Indian journal of veterinary science and animal husbandry - Volume 11,
Year: 1941
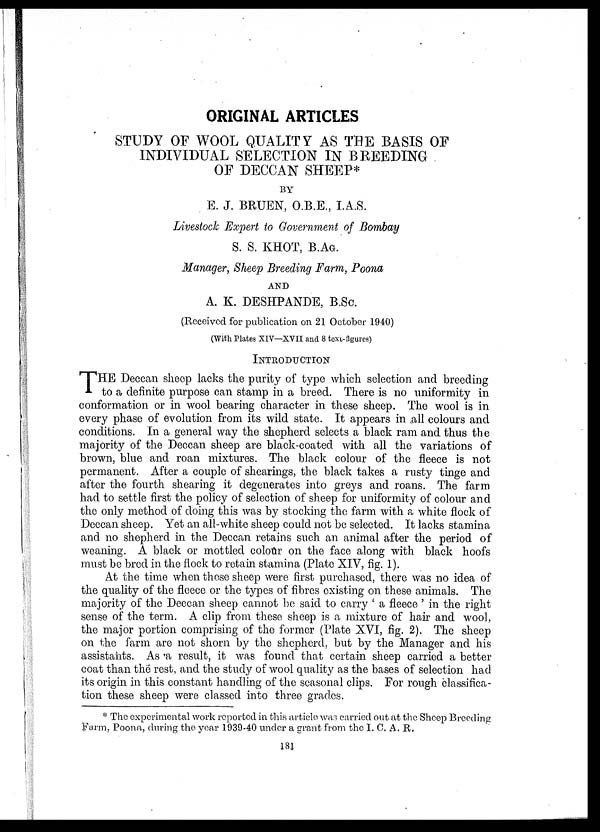
ORIGINAL ARTICLES
STUDY OF WOOL QUALITY AS THE BASIS OF
INDIVIDUAL SELECTION IN BREEDING
OF DECCAN SHEEP*
BY
E. J. BRUEN, O.B.E., I.A.S.
Livestock Expert to Government of Bombay
S. S. KHOT, B.AG.
Manager, Sheep Breeding Farm, Poona
AND
A. K. DESHPANDE, B.Sc.
(Received for publication on 21 October 1940)
(With Plates XIV—XVII and 8 text,-figures)
INTRODUCTION
T HE Deccan sheep lacks the purity of type which selection and breeding
to a definite purpose can stamp in a breed. There is no uniformity in
conformation or in wool bearing character in these sheep. The wool is in
every phase of evolution from its wild state. It appears in all colours and
conditions. In a general way the shepherd selects a black ram and thus the
majority of the Deccan sheep are black-coated with all the variations of
brown, blue and roan mixtures. The black colour of the fleece is not
permanent. After a couple of shearings, the black takes a rusty tinge and
after the fourth shearing it degenerates into greys and roans. The farm
had to settle first the policy of selection of sheep for uniformity of colour and
the only method of doing this was by stocking the farm with a white flock of
Deccan sheep. Yet an all-white sheep could not be selected. It lacks stamina
and no shepherd in the Deccan retains such an animal after the period of
weaning. A black or mottled colour on the face along with black hoofs
must be bred in the flock to retain stamina (Plate XIV, fig. 1).
At the time when these sheep were first purchased, there was no idea of
the quality of the fleece or the types of fibres existing on these animals. The
majority of the Deccan sheep cannot be said to carry ' a fleece ' in the right
sense of the term. A clip from these sheep is a mixture of hair and wool,
the major portion comprising of the former (Plate XVI, fig. 2). The sheep
on the farm are not shorn by the shepherd, but by the Manager and his
assistants. As a result, it was found that certain sheep carried a better
coat than the rest, and the study of wool quality as the bases of selection had
its origin in this constant handling of the seasonal clips. For rough classifica-
tion these sheep were classed into three grades.
* The experimental work reported in this article was carried out at the Sheep Breeding
Farm, Poona, during the year 1939-40 under a grant from the 1. C. A. R.
181